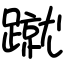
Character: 蹴